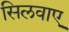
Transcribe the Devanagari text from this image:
सिलवाए